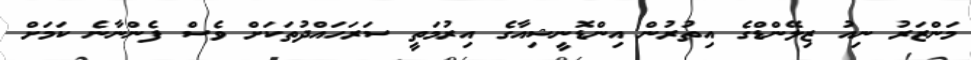
މަންޒަރު ނިއު ޒިލޭންޑްގެ އިތުރުން އިންޑޮނީޝިއާގެ އިރުމަތީ ސަރަހައްދުތަކަށް ވެސް ފެންނާނެ ކަމަށް